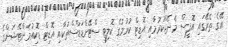
އޭގެ ތެރޭގައި އޮފީސް މެނޭޖްކުރުމާއި އޮޑިޓް ކުރުމުގެ ކޮލިޓީ ސްޓޭންޑަޑްސްތަކާއި އޮޑިޓް ޑޮކިއުމެންޓޭޝަންގެ